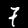
Digit: 7